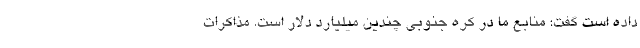
داده است گفت: منابع ما در کره جنوبی چندین میلیارد دلار است. مذاکرات